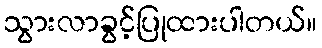
သွားလာခွင့်ပြုထားပါတယ်။